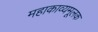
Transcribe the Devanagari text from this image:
महाकाव्यमूलक